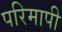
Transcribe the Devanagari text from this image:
परिमापी